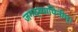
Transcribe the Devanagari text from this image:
जगद्व्यापिनीम्।